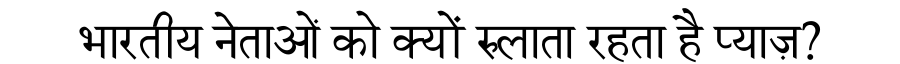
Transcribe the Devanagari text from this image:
भारतीय नेताओं को क्यों रुलाता रहता है प्याज़?